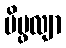
ပိပ္ဖလျာ